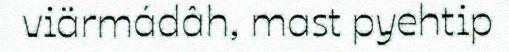
viärmádâh, mast pyehtip